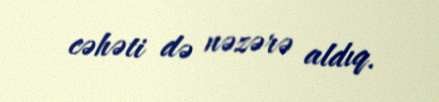
cəhəti də nəzərə aldıq.